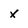
Character: X